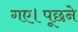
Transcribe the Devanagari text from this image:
गए।पूछने